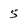
Character: 5